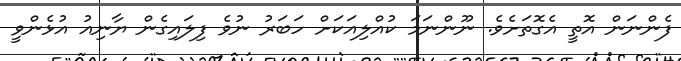
ފެންނަން އޮތީ އެގޮތަށެވެ. ނޫންނަމަ ކުއްލިއަކަށް ހަބަރު ނުވެ ފިލައިގެން ޔާނިއު އުޅެންވީ